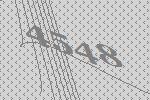
4548